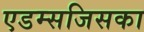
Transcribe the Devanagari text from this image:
एडम्सजिसका